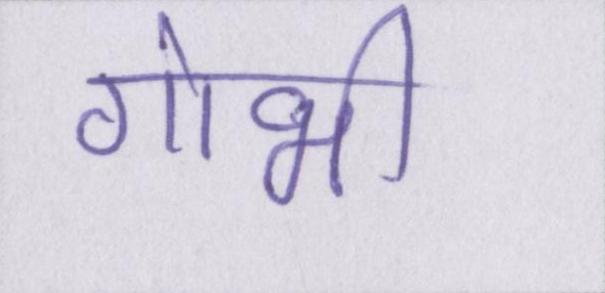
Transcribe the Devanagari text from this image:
गोभी